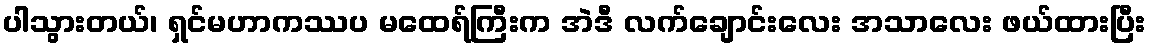
ပါသွားတယ်၊ ရှင်မဟာကဿပ မထေရ်ကြီးက အဲဒီ လက်ချောင်းလေး အသာလေး ဖယ်ထားပြီး